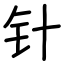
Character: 针